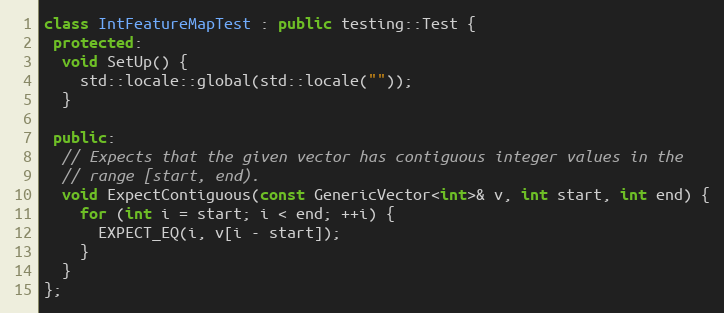
Language: C++
class IntFeatureMapTest : public testing::Test {
 protected:
  void SetUp() {
    std::locale::global(std::locale(""));
  }

 public:
  // Expects that the given vector has contiguous integer values in the
  // range [start, end).
  void ExpectContiguous(const GenericVector<int>& v, int start, int end) {
    for (int i = start; i < end; ++i) {
      EXPECT_EQ(i, v[i - start]);
    }
  }
};